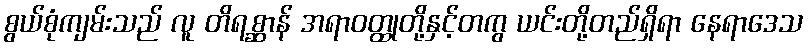
စွယ်စုံကျမ်းသည် လူ တိရစ္ဆာန် အရာဝတ္ထုတို့နှင့်တကွ ယင်းတို့တည်ရှိရာ နေရာဒေသ